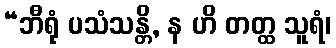
“ဘီရုံ ပသံသန္တိ, န ဟိ တတ္ထ သူရံ၊